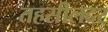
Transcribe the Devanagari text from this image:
तहसीलदर